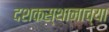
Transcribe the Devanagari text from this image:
दशकस्थानाच्या